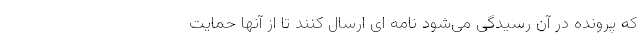
که پرونده در آن رسیدگی می‌شود نامه ای ارسال کنند تا از آنها حمایت